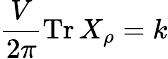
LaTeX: \frac{V}{2\pi}\mathrm{Tr}\, X_{\rho}=k